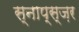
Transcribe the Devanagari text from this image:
स्नाप्स्ज़र